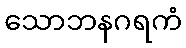
သောဘနဂရကံ